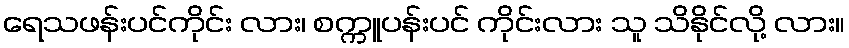
ရေသဖန်းပင်ကိုင်း လား၊ စက္ကူပန်းပင် ကိုင်းလား သူ သိနိုင်လို့ လား။